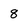
Character: 8